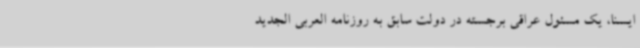
ایسنا، یک مسئول عراقی برجسته در دولت سابق به روزنامه العربی الجدید